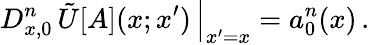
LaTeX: \left.D_{x,0}^{n}\, \tilde{U}[A](x;x^{\prime})\, \right\vert_{x^{\prime}=x}=a_{0}^{n}(x)\, .